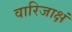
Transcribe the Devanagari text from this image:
वारिजाक्षं